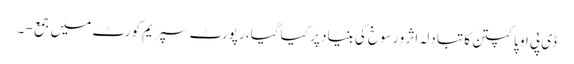
ڈی پی او پاکپتن کا تبادلہ اثر و رسوخ کی بنیاد پر کیا گیا، رپورٹ سپریم کورٹ میں جمع - ۔